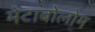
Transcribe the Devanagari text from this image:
मेटाबोलोम